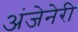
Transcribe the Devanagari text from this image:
अंजेनेरी